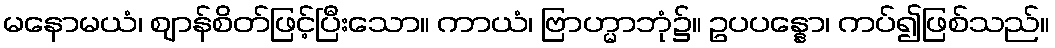
မနောမယံ၊ ဈာန်စိတ်ဖြင့်ပြီးသော။ ကာယံ၊ ဗြာဟ္မာဘုံ၌။ ဥပပန္နော၊ ကပ်၍ဖြစ်သည်။